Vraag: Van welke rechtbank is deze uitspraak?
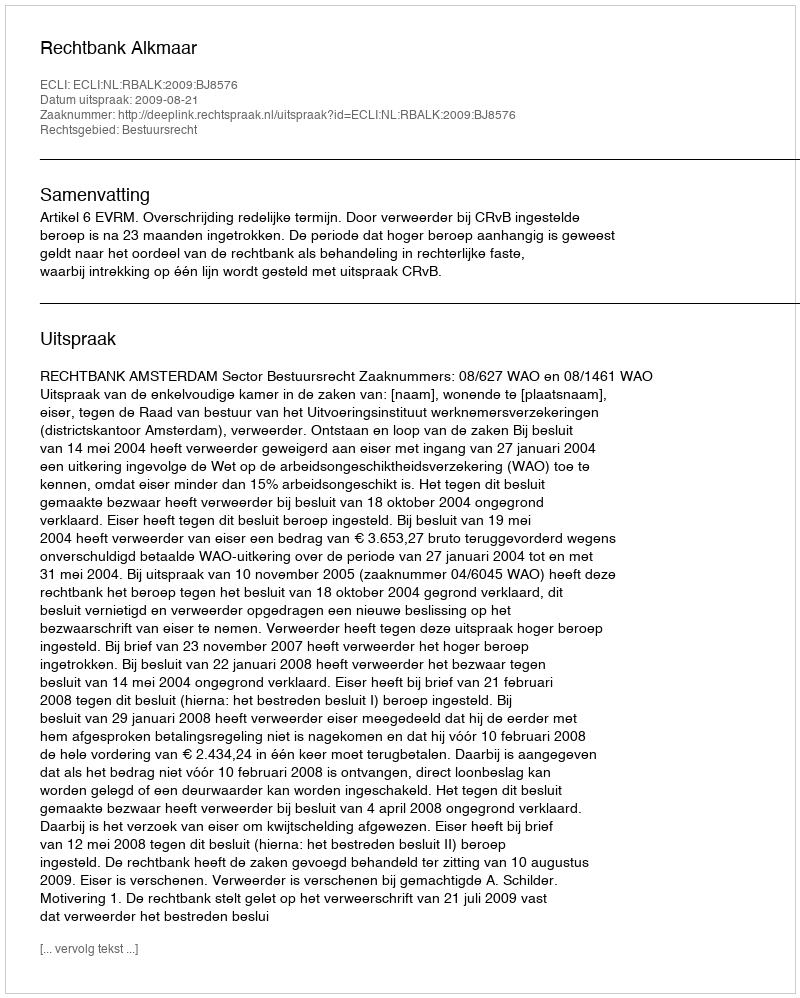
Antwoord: Rechtbank Alkmaar